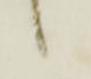
候